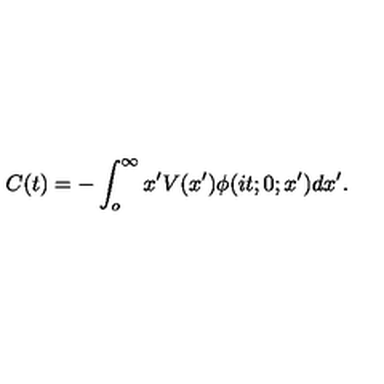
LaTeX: C ( t ) = - \int _ { o } ^ { \infty } x ^ { \prime } V ( x ^ { \prime } ) \phi ( i t ; 0 ; x ^ { \prime } ) d x ^ { \prime } .